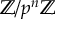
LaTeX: \mathbb { Z } / p ^ { n } \mathbb { Z }